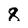
Character: 8